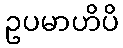
ဥပမာဟိပိ